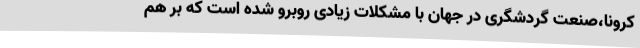
کرونا،صنعت گردشگری در جهان با مشکلات زیادی روبرو شده است که بر هم